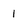
Character: 1